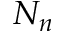
N _ { n }